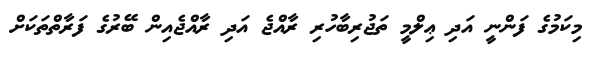
މިކަމުގެ ފަންނީ އަދި ޢިލްމީ ތަޖުރިބާހުރި ރާއްޖެ އަދި ރާއްޖެއިން ބޭރުގެ ފަރާތްތަކަށް